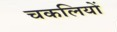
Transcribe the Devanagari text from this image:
चकलियों